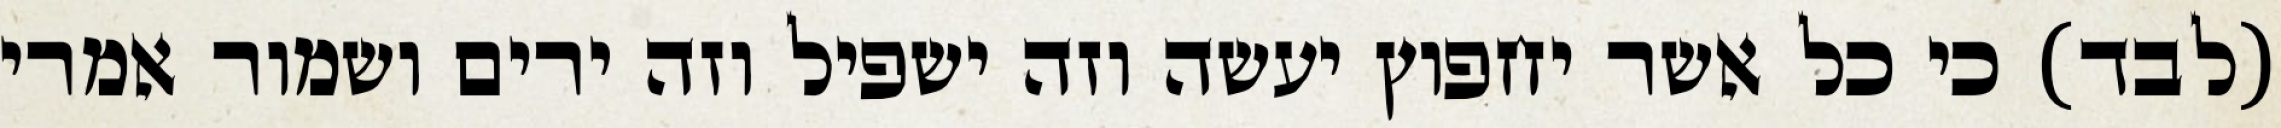
(לבד) כי כל אשר יחפוץ יעשה וזה ישפיל וזה ירים ושמור אמרי